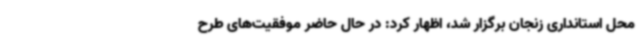
محل استانداری زنجان برگزار شد، اظهار کرد: در حال حاضر موفقیت‌های طرح